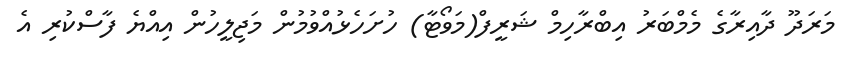
މަރަދޫ ދާއިރާގެ މެމްބަރު އިބްރާހިމް ޝަރީފް(މަވޯޓާ) ހުށަހެޅުއްވުމުން މަޖިލީހުން އިއްޔެ ފާސްކުރި އެ